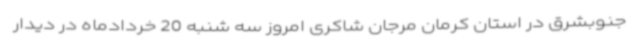
جنوبشرق در استان کرمان مرجان شاکری امروز سه شنبه 20 خردادماه در دیدار